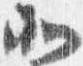
北